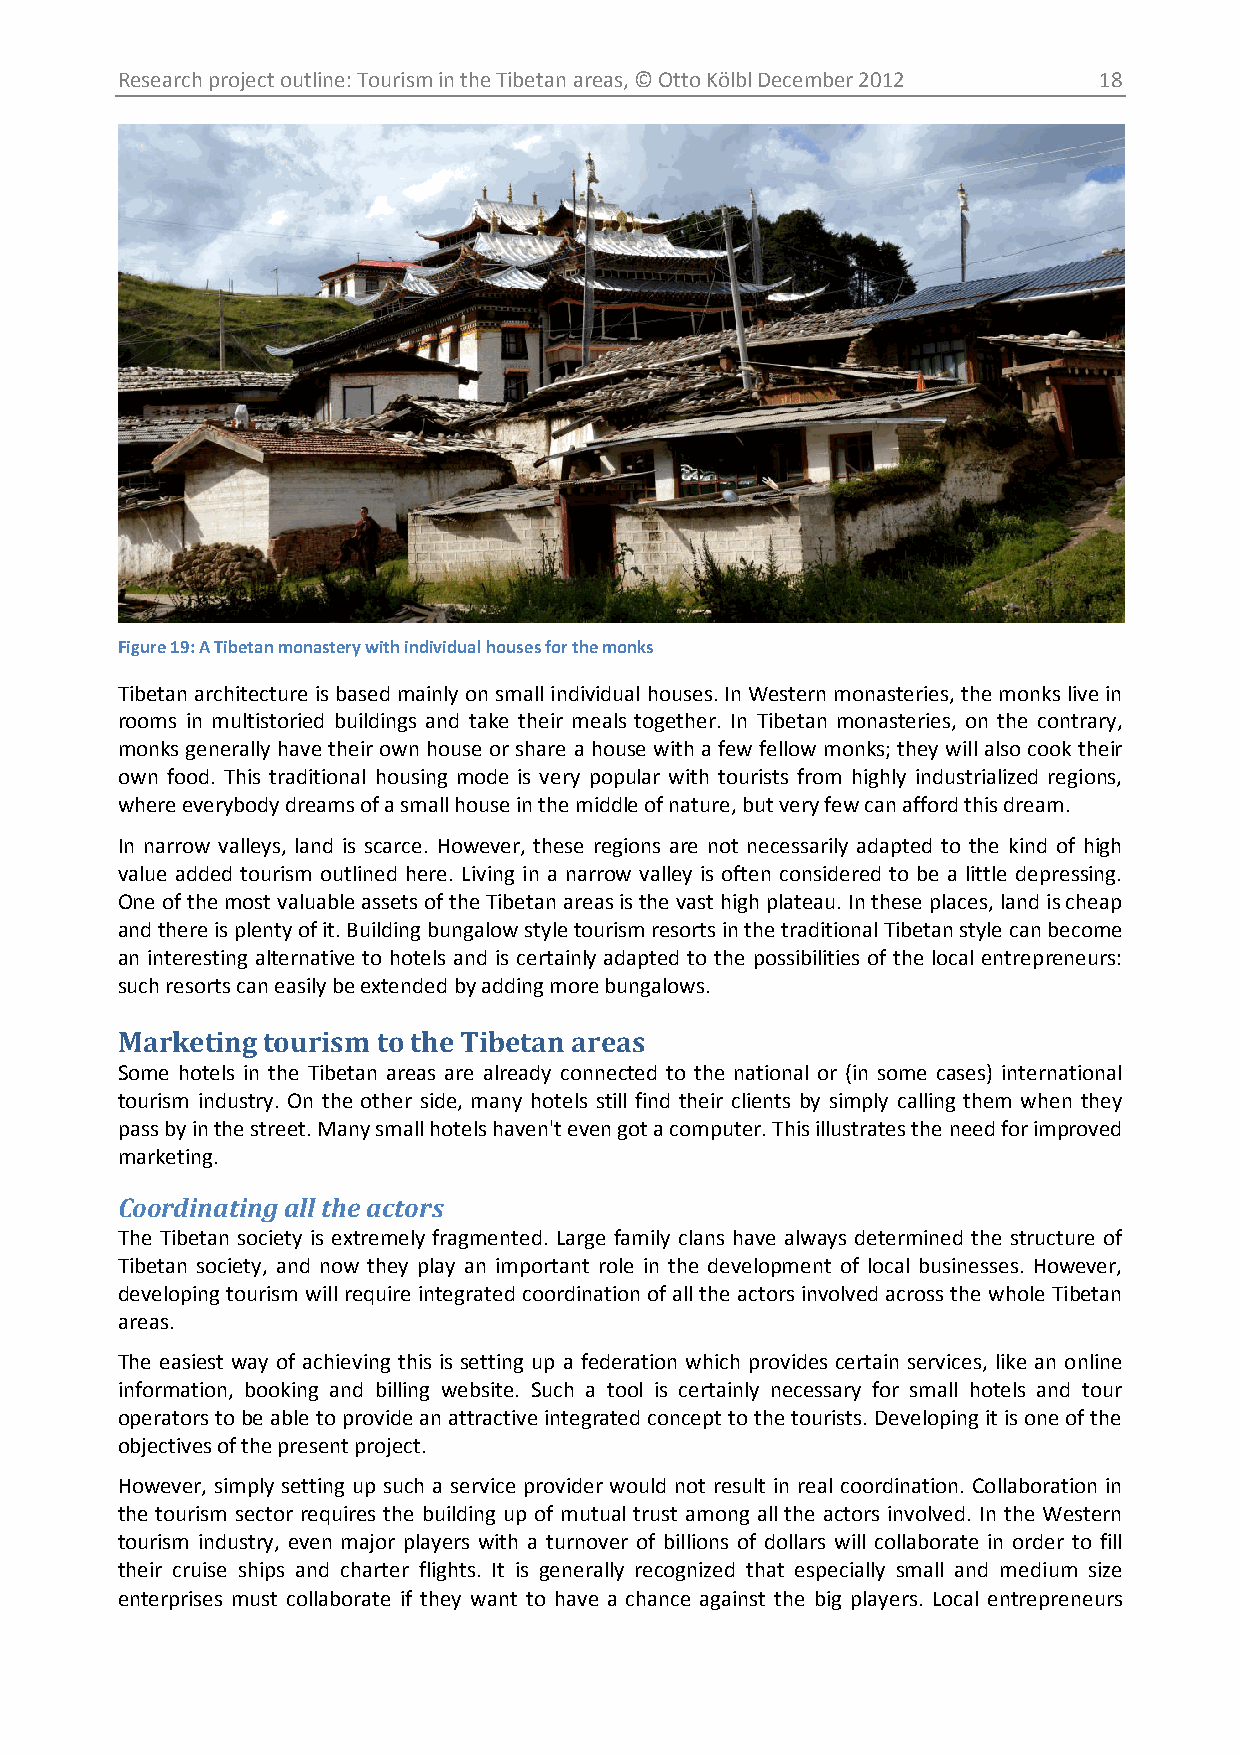
Research project outline: Tourism in the Tibetan areas, © Otto Kölbl December 2012 18
 Figure 19: A Tibetan monastery with individual houses for the monks
 Tibetan architecture is based mainly on small individual houses. In Western monasteries, the monks live in
 rooms in multistoried buildings and take their meals together. In Tibetan monasteries, on the contrary,
 monks generally have their own house or share a house with a few fellow monks; they will also cook their
 own food. This traditional housing mode is very popular with tourists from highly industrialized regions,
 where everybody dreams of a small house in the middle of nature, but very few can afford this dream.
 In narrow valleys, land is scarce. However, these regions are not necessarily adapted to the kind of high
 value added tourism outlined here. Living in a narrow valley is often considered to be a little depressing.
 One of the most valuable assets of the Tibetan areas is the vast high plateau. In these places, land is cheap
 and there is plenty of it. Building bungalow style tourism resorts in the traditional Tibetan style can become
 an interesting alternative to hotels and is certainly adapted to the possibilities of the local entrepreneurs:
 such resorts can easily be extended by adding more bungalows.
 Marketing tourism to the Tibetan areas
 Some hotels in the Tibetan areas are already connected to the national or (in some cases) international
 tourism industry. On the other side, many hotels still find their clients by simply calling them when they
 pass by in the street. Many small hotels haven't even got a computer. This illustrates the need for improved
 marketing.
 Coordinating all the actors
 The Tibetan society is extremely fragmented. Large family clans have always determined the structure of
 Tibetan society, and now they play an important role in the development of local businesses. However,
 developing tourism will require integrated coordination of all the actors involved across the whole Tibetan
 areas.
 The easiest way of achieving this is setting up a federation which provides certain services, like an online
 information, booking and billing website. Such a tool is certainly necessary for small hotels and tour
 operators to be able to provide an attractive integrated concept to the tourists. Developing it is one of the
 objectives of the present project.
 However, simply setting up such a service provider would not result in real coordination. Collaboration in
 the tourism sector requires the building up of mutual trust among all the actors involved. In the Western
 tourism industry, even major players with a turnover of billions of dollars will collaborate in order to fill
 their cruise ships and charter flights. It is generally recognized that especially small and medium size
 enterprises must collaborate if they want to have a chance against the big players. Local entrepreneurs